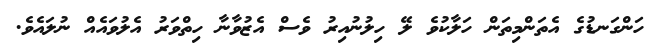
ހަންގަނޑުގެ އެތަންމިތަން ހަލާކުވެ ލޭ ހިލުނުއިރު ވެސް އެޒުވާނާ ހިތްވަރު އެލުވައެއް ނުލައެވެ.